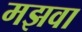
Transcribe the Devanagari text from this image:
मझवा